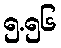
၅.၅၆